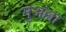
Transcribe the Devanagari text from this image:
मुअल्ला